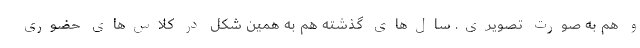
و هم به صورت تصویری. سال‌های گذشته هم به همین شکل در کلاس‌های حضوری